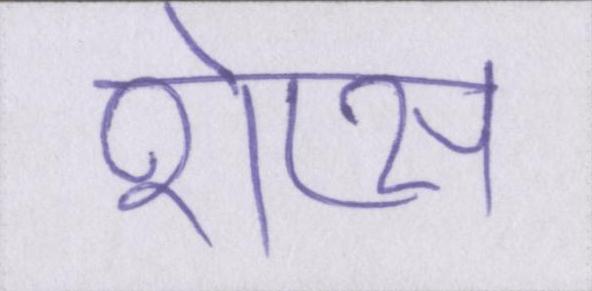
शेप्स